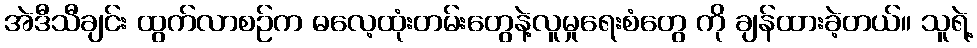
အဲဒီသီချင်း ထွက်လာစဉ်က ဓလေ့ထုံးတမ်းတွေနဲ့လူမှုရေးစံတွေ ကို ချန်ထားခဲ့တယ်။ သူရဲ့